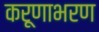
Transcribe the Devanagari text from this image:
करूणाभरण